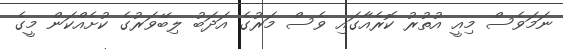
ނަމަވެސް މިއީ އުތުރު ކޮރެއާގައި ވެސް މަރުގެ އަދަބު ލިބޭވަރުގެ ކުށެއްކަން މީގެ